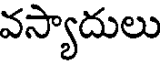
వస్యాదులు